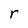
Character: r